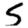
Digit: 5